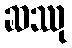
ဆဿု